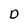
Character: D